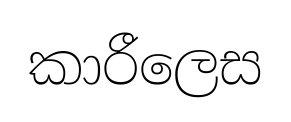
කාරීලෙස